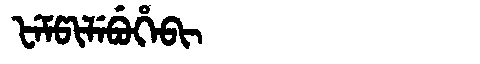
Manchu: ᡶᡝᠮᡦᡳᠯᡝᠪᡠᡥᡝᠪᡳ
Romanization: FEMPILEBUHEBI